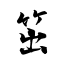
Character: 笜